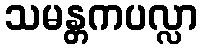
သမန္တကပလ္လာ